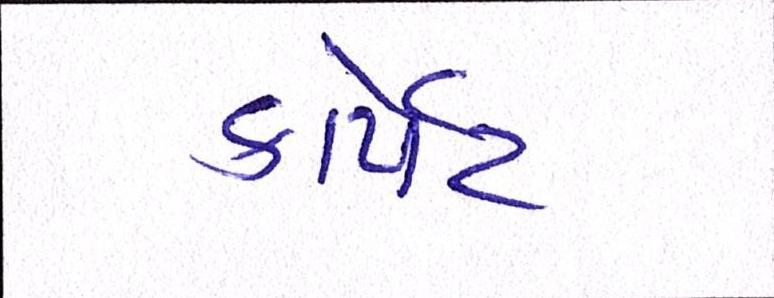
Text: કાર્પેટ